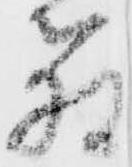
箱